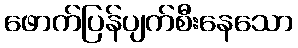
ဖောက်ပြန်ပျက်စီးနေသော